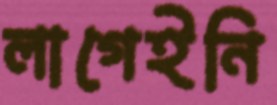
লাগেইনি